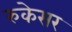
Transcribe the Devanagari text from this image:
रुकेसर